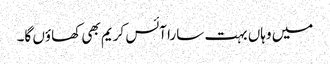
میں وہاں بہت سارا آئس کریم بھی کھاؤں گا۔